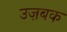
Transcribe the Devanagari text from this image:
उज़बक